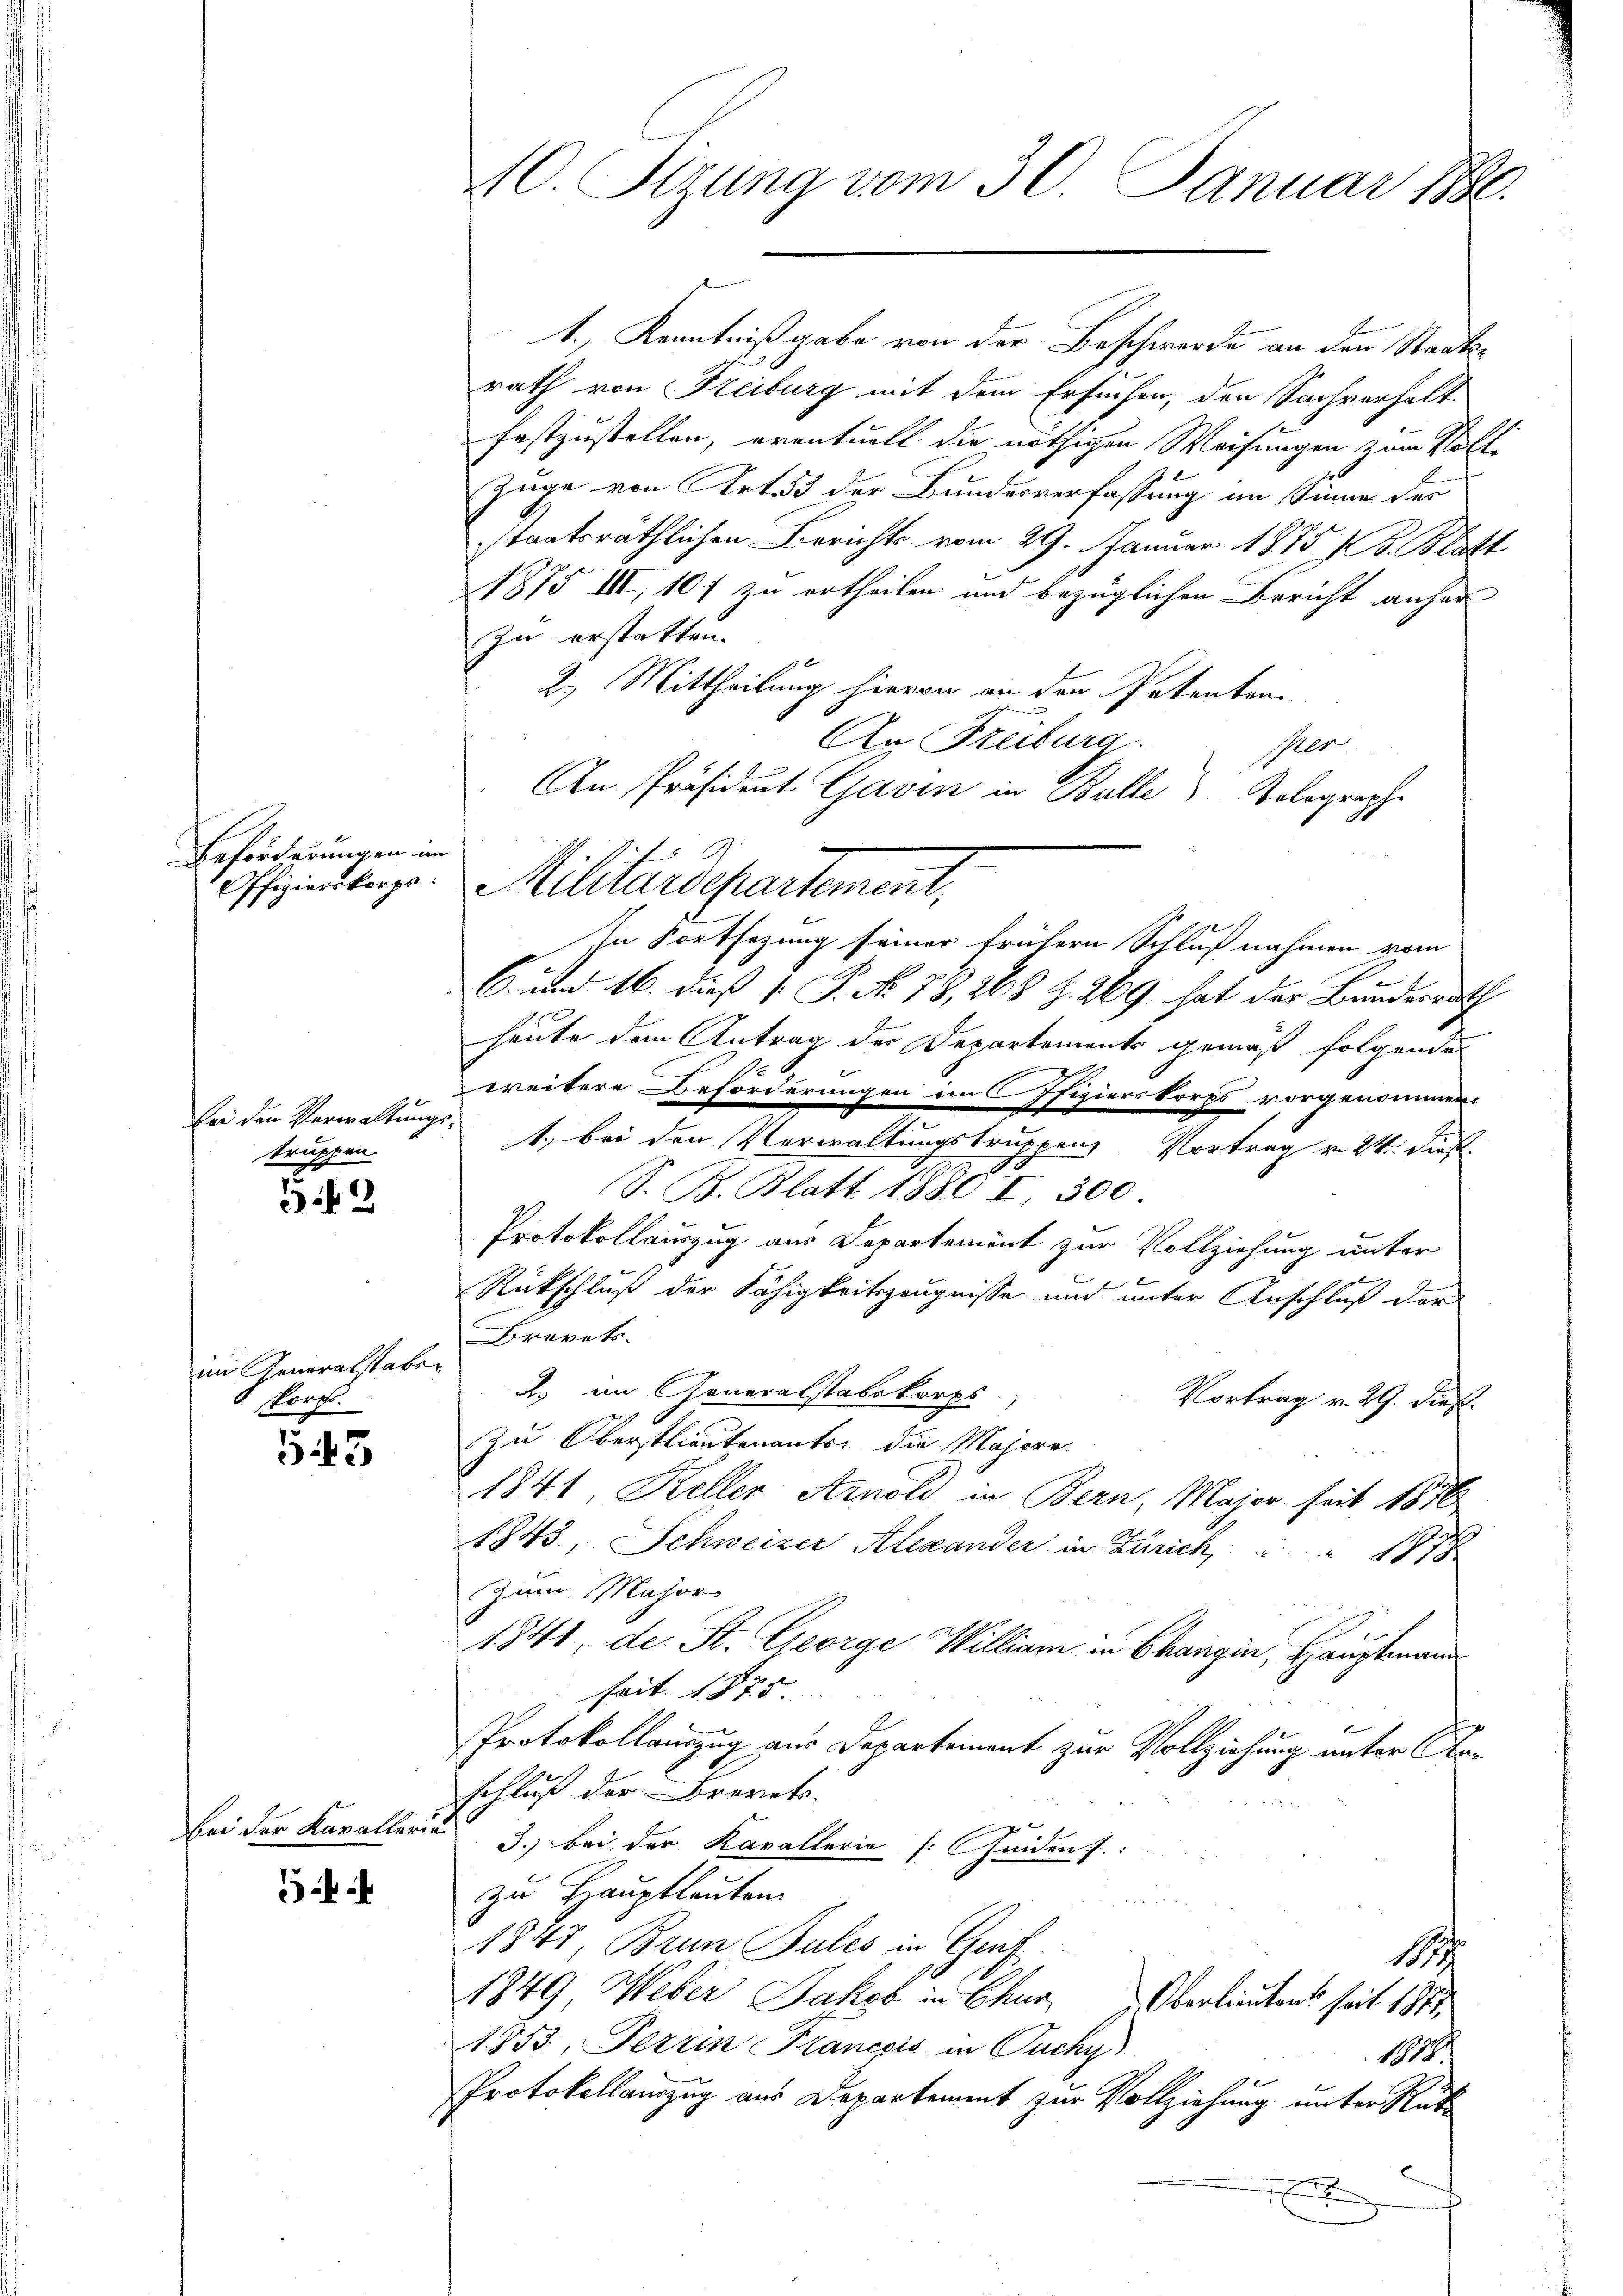
Beförderungen im

52

im Generalstaber
Porf.

53

bei den Verwaltungs-
truppen.

hien der Kavalleru

1., Kenntniß gabe von der Beschwerde an den Staatsrath von Freiburg mit dem Ersuchen, den Sachverhalt
festzustellen, eventuell die nöthigen Weisungen zum Volte
Zuge von Art. 3 der Bundesverfassung an Sinne des
staatsräthlichen Berichts vom 29. Januar 1875 S. Blatt
21875 III, 107 zu ertheilen und bezüglichen Bericht anher
zu erstatten.
2.) Mittheilung hievon an den Petenten.
An Freiburg.
In Fortsezung seiner frühern Schlußnahmen vom
6. und 16. dieß ( P. No. 78, 268 Z. 269 hat der Bundesrath
heute dem Antrag der Departements gemäß folgende
weitere Beforderungen im Ofizierskorps vorgenommen
1., bei den Verwaltungstruppen Vortrag v. 24. Sist
S. B. Blatt 1880 Fr. 500
Protokollauszug aus Departement zur Vollziehung unter
Rückschluß der Fähigkeitszeugnisse und unter Anschluß der
Brevets.
2. im Generalstabskorps
Vortrag v. 29. dieß.
zu Oberstlieutenants die Majore
1841, Keller Arnold, in Bern, Major seit 1876
1843, Schweizer Alexander in Zürich                       78
Zum Major
1841, der St. George William in Changin, Hauptmann
seit 1875
Protokollauszug aus Departement zur Vollziehung unter Naschluß der Brevets.
3.) Bei der Kavallerie (Heiden :
zu Hauptlauten
1843, Brun Pules in Genf
1
1849 Weber Jakob in Chur Oberlieutens seit 1875
A853, Terrin Franczis in Ouchy
1878
Protokollauszug aus Departement zur Vollziehung unter Rük

40. Sizung vom 30. Januar 1880.

An Präsident Gavin in Bulle) Tolographe
Offizienberge. Militärdepartement,

Per

.